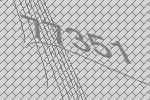
77351